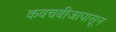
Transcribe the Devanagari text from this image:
कवचबीजापासून